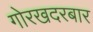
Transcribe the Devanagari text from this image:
गोरखदरबार